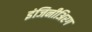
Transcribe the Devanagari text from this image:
इंजिनीअिरग